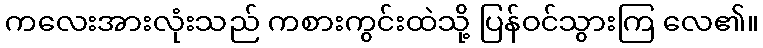
ကလေးအားလုံးသည် ကစားကွင်းထဲသို့ ပြန်ဝင်သွားကြ လေ၏။